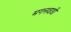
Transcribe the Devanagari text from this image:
मगनवाडी